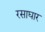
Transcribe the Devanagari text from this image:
रसाघार